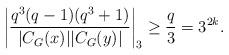
LaTeX: \begin{align*}\left| \frac{q^3(q-1)(q^3+1)}{|C_G(x)||C_G(y)|}\right| _3\geq \frac{q}{3}=3^{2k}.\end{align*}